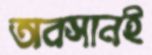
অবসানই